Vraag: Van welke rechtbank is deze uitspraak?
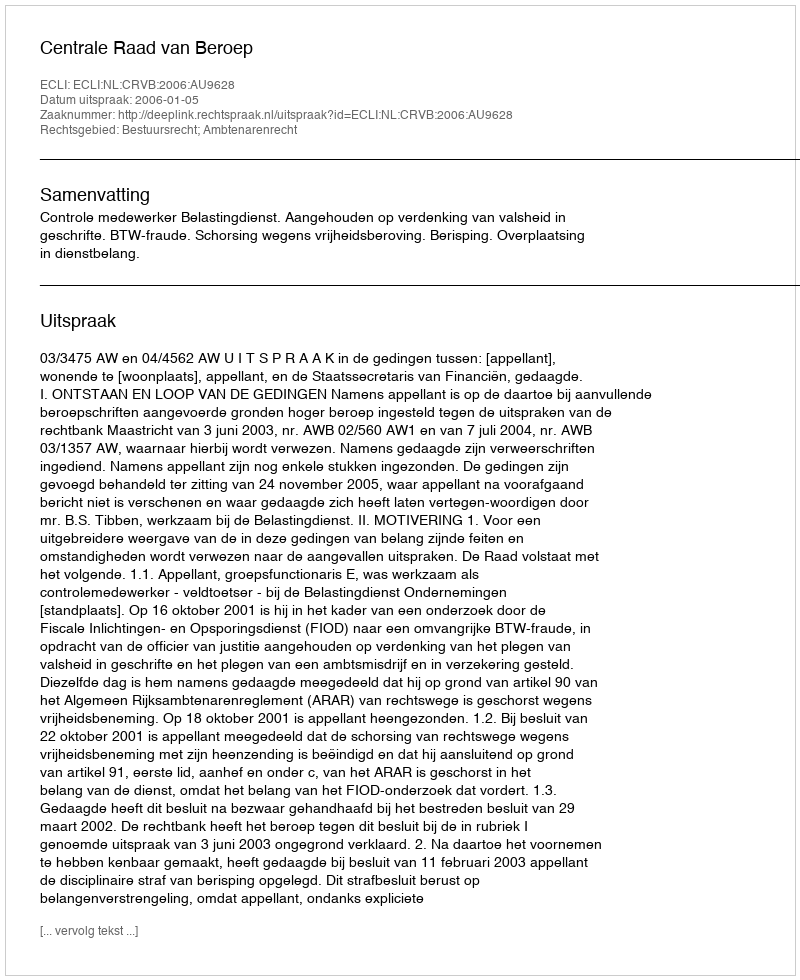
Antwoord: Centrale Raad van Beroep